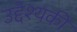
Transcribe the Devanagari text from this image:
उद्देश्यकी